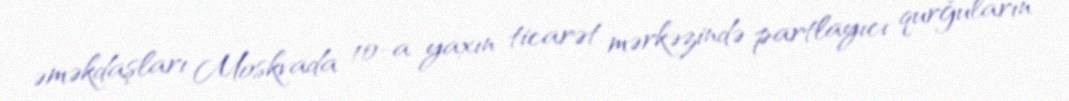
əməkdaşları Moskvada 10-a yaxın ticarət mərkəzində partlayıcı qurğuların